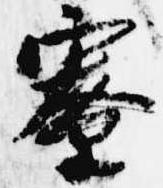
寮